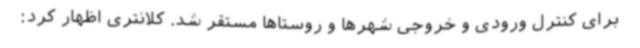
برای کنترل ورودی و خروجی شهرها و روستاها مستقر شد. کلانتری اظهار کرد: